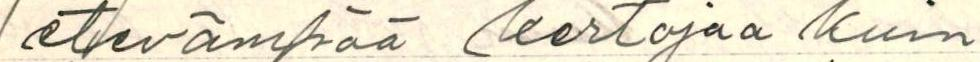
elävämpää kertojaa kuin